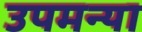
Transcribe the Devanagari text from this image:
उपमन्या